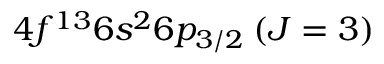
4 f ^ { 1 3 } 6 s ^ { 2 } 6 p _ { 3 / 2 } \: ( J = 3 )